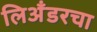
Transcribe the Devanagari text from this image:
लिअँडरचा